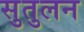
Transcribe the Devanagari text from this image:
सुतुलन